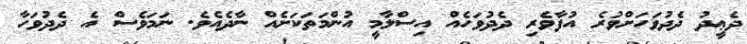
ދެޢީދު ދެދުވަހަށްވުރެ އުފާވެރި ދެދުވަހެއް އިސްލާމީ އުންމަތަކަށެއް ނާދެއެވެ. ނަމަވެސް އެ ދެދުވަހާ